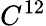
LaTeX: C^{12}